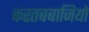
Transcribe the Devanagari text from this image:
करतबबाजियों